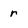
Character: r